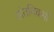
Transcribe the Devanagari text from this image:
संतदिवसों